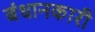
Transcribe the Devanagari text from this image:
बंधानकारी